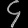
Digit: ၄